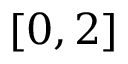
[ 0 , 2 ]